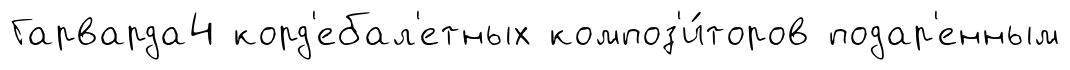
Гарварда4 корд'ебал'етных композ'и́торов подар'енным